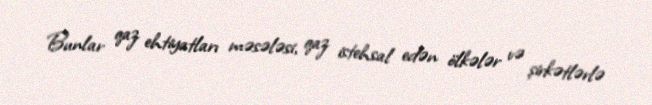
Bunlar qaz ehtiyatları məsələsi, qaz istehsal edən ölkələr və şirkətlərlə